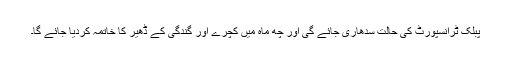
پبلک ٹرانسپورٹ کی حالت سدھاری جائے گی اور چھ ماہ میں کچرے اور گندگی کے ڈھیر کا خاتمہ کردیا جائے گا۔